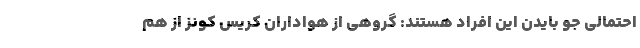
احتمالی جو بایدن این افراد هستند: گروهی از هواداران کریس کونز از هم